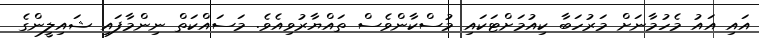
އައި އައު މެހުމާނަށް މަރުހަބާ ކިއުމަށްޓަކައި މުސްކާންވެސް ތައްޔާރުވިއެވެ. މަސައްކަތް ނިންމާފައި ޝައިލީންގެ